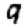
Digit: 9